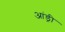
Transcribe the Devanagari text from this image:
आंड्री